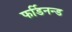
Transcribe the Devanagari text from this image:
फर्डिनन्ड